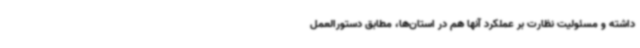
داشته و مسئولیت نظارت بر عملکرد آنها هم در استان‌ها، مطابق دستورالعمل